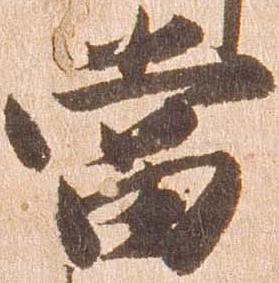
当